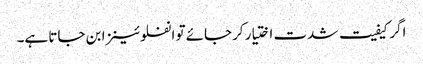
اگر کیفیت شدت اختیار کرجائے تو انفلوئینزا بن جاتا ہے۔